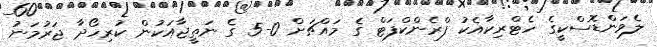
ލެވަންޑޮސްކީގެ ހެޓްރިކާއެކު ފްރެންކްފަޓް ގެ މައްޗަށް 0-5 ގެ ނަތީޖާއަކުން ކުރިހޯދާ ޖަރުމަނު